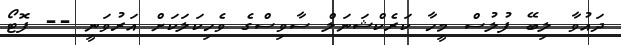
ދައުވާ ލިބޭ ފުލުސް މީހާ ކަރެކްޝަނަލް ސާވިސްގެ ވެހިކަލަކަށް އަރުވަނީ -- ފޮޓޯ